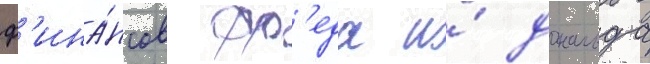
ф'ина́нсов фр'еда и́ дональда